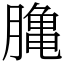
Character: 𪚲